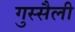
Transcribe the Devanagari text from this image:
गुस्सैली